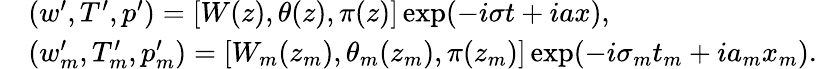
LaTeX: \begin{array}{rl}&{(w^{\prime},T^{\prime},p^{\prime})=[W(z),\theta(z),\pi(z)]\exp(-i\sigma t+iax),}\\ &{({w}_{m}^{\prime},{T}_{m}^{\prime},p_{m}^{\prime})=[{W}_{m}(z_{m}),\theta_{m}(z_{m}),\pi(z_{m})]\exp(-i\sigma_{m}t_{m}+ia_{m}x_{m}).}\end{array}